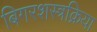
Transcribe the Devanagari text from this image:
बिगरशस्त्रक्रिया